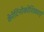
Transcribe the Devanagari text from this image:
केरेटिनोकोशिकाएं